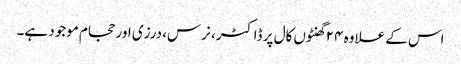
اس کے علاوہ ۲۴ گھنٹوں کال پر ڈاکٹر، نرس، درزی اور حجام موجود ہے۔